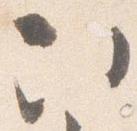
次